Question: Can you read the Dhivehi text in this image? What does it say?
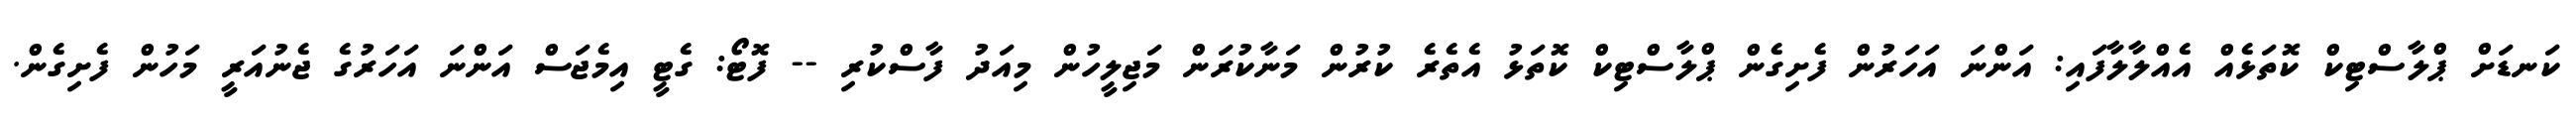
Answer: ކަނޑަށް ޕްލާސްޓިކް ކޮތަޅެއް އެއްލާލާފައި: އަންނަ އަހަރުން ފެށިގެން ޕްލާސްޓިކް ކޮތަޅު އެތެރެ ކުރުން މަނާކުރަން މަޖިލީހުން މިއަދު ފާސްކުރި -- ފޮޓޯ: ގެޓީ އިމެޖަސް އަންނަ އަހަރުގެ ޖެނުއަރީ މަހުން ފެށިގެން.